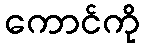
ကောင်ကို